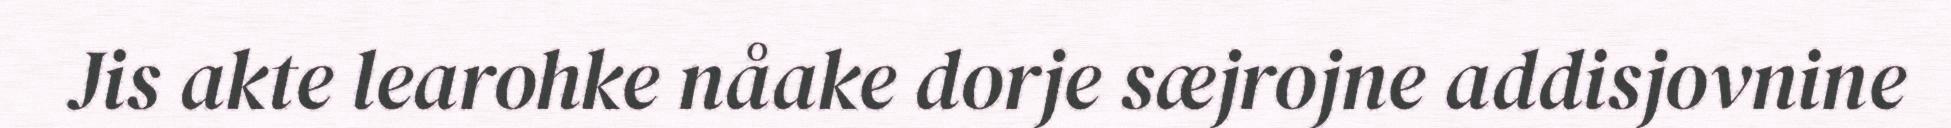
Jis akte learohke nåake dorje sæjrojne addisjovnine